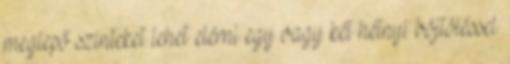
meglepő szinteket lehet elérni egy vagy két hétnyi böjtöléssel.